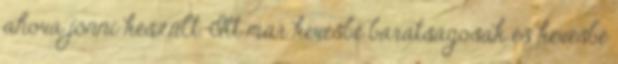
ahova jönni készült. Itt már kevésbé barátságosak és kevésbé